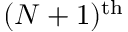
( N + 1 ) ^ { \mathrm { t h } }